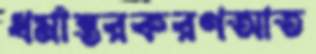
ধর্মান্তরকরণআত